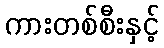
ကားတစ်စီးနှင့်